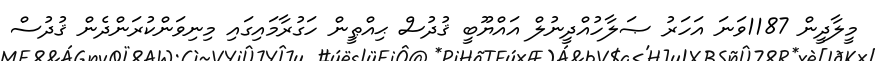
މީލާދީން 1187ވަނަ އަހަރު ޞަލާހުއްދީނުލް އައްޔޫބީ ޤުދުސް ޙިއްޠީން ހަގުރާމައިގައި މިނިވަންކުރަންދެން ޤުދުސް